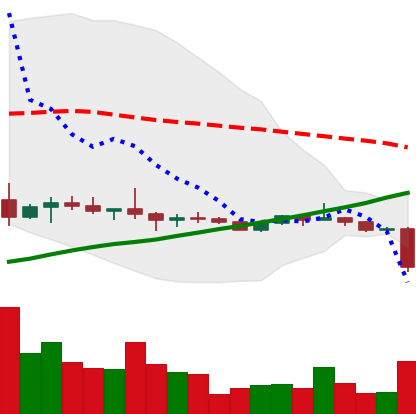
Ticker: ETC-USD
Chart end date: 2022-10-10
Forward return: -5.977%
Label: down_5_7